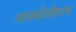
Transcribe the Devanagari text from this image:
मायबोलीवरच